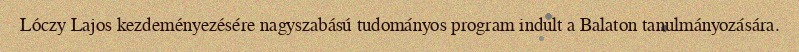
Lóczy Lajos kezdeményezésére nagyszabású tudományos program indult a Balaton tanulmányozására.